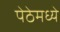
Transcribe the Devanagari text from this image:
पेठेमध्ये